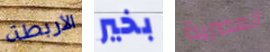
الأربطة بخير العصرية